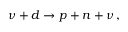
\nu + d \to p + n + \nu \, ,